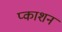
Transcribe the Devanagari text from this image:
प्काशन